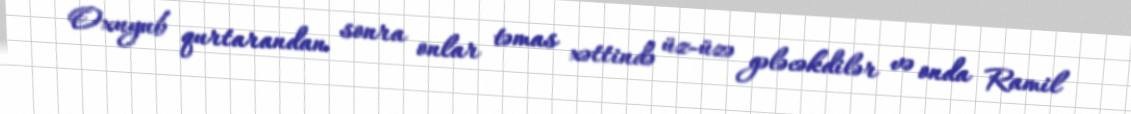
Oxuyub qurtarandan sonra onlar təmas xəttində üz-üzə gələcəkdilər və onda Ramil